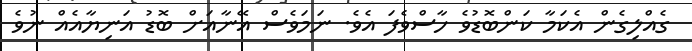
ގެއްލިގެން އެކަމާ ކަންބޮޑުވެ ހާސްވެފަ އެވެ. ނަމަވެސް އޭނާއަށް ބޮޑު އަނިޔާއެއް ނުވެ